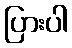
ပြားပါ